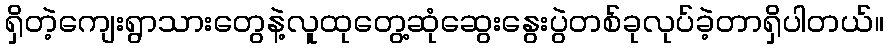
ရှိတဲ့ကျေးရွာသားတွေနဲ့လူထုတွေ့ဆုံဆွေးနွေးပွဲတစ်ခုလုပ်ခဲ့တာရှိပါတယ်။